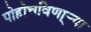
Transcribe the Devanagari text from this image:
पोहोचविणा्र्‍या